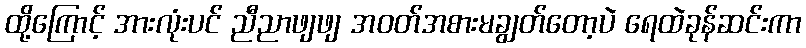
ထို့ကြောင့် အားလုံးပင် ညီညာဖျဖျ အဝတ်အစားမချွတ်တော့ပဲ ရေထဲခုန်ဆင်းကာ